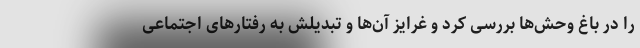
را در باغ وحش‌ها بررسی کرد و غرایز آن‌ها و تبدیلش به رفتارهای اجتماعی